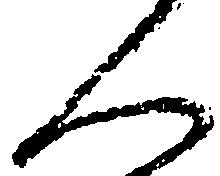
人